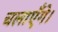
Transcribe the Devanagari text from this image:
चलाएँगे।